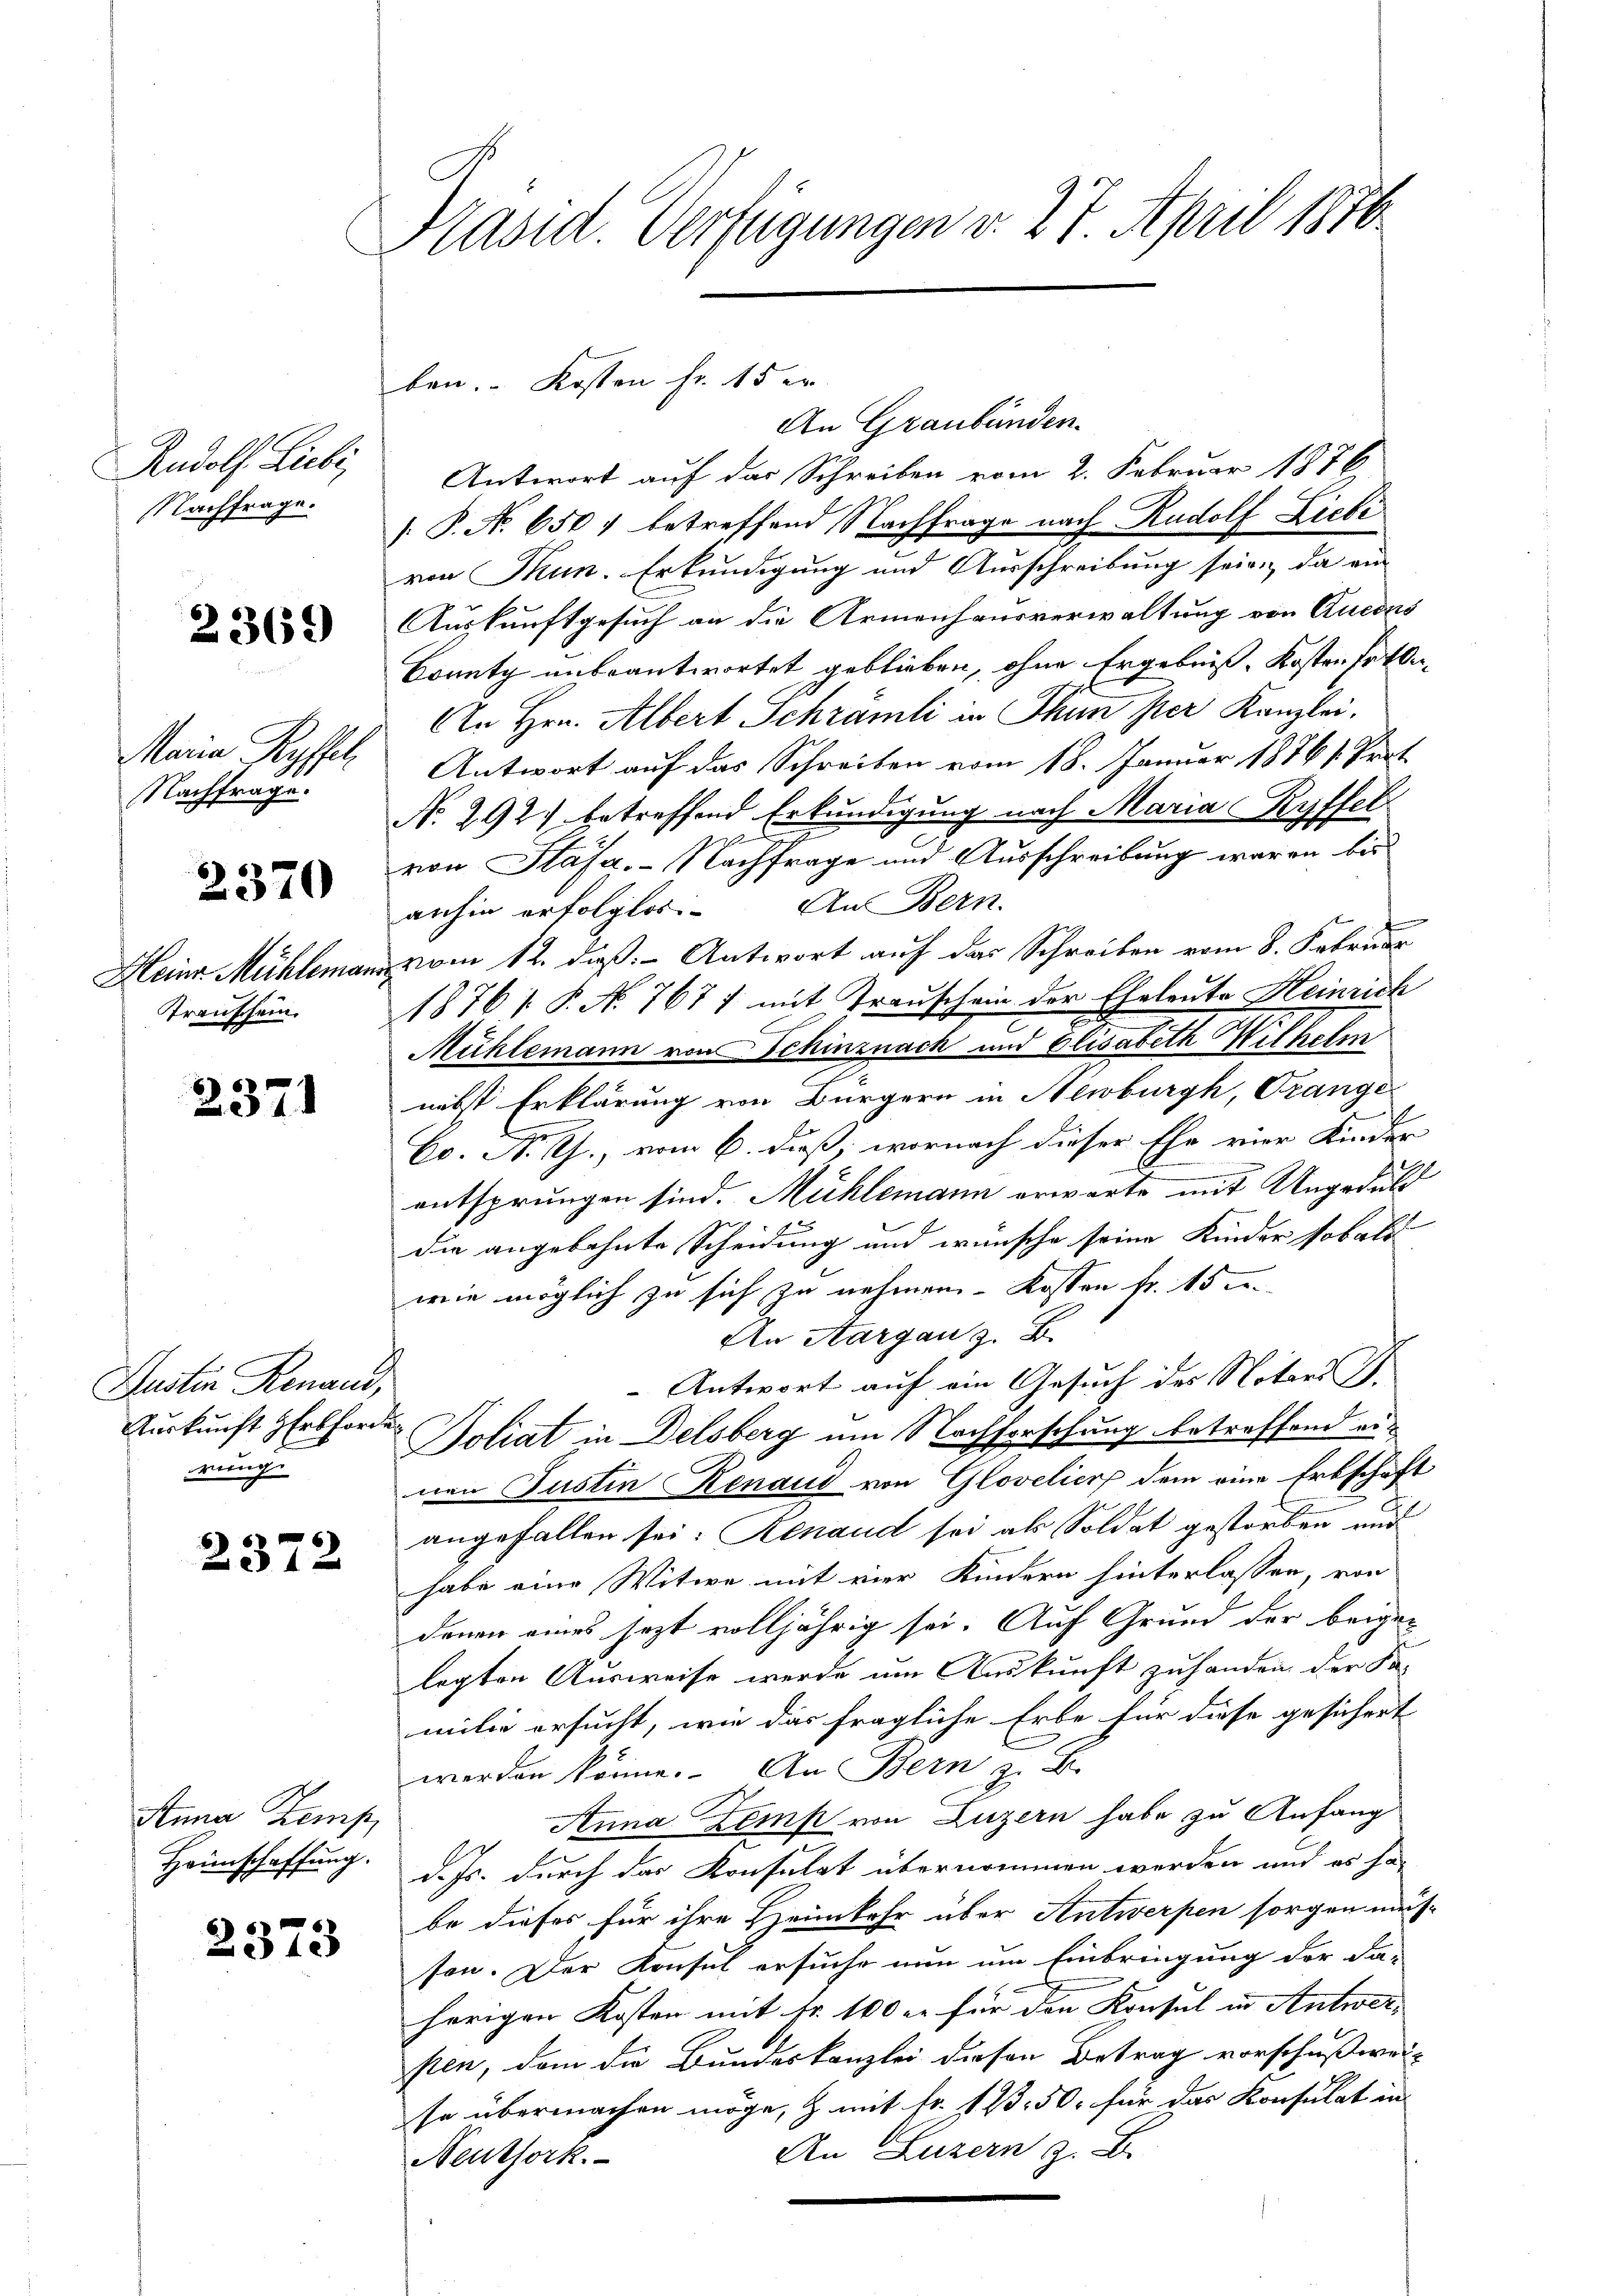
Rudolf Liebi
NNachfrage.

2369

Maria Ryffel,
Nachfrage.

2370

Heine Mühleman
Transchein.

2371

Justin Renaud,
Auskunft Erbforde
rung.

2372

Anna Kemp
Heimschaffung.

2373

Präsid Verfügungen v. 27. April 1876.

An Graubünden.
Antwort auf das Schreiben vom 2. Februar 1876
 P. No. 650, betreffend Nachfrage nach Rudolf Liebe
von Thun. Erkundigung und Ausschreibung seien, da an
Auskunftgesuch an die Armenhausverwaltung von Eucons
Bonetz unbeantwortet geblieben, ohne Ergebnis, Kosten Fortbe¬
An Hrn. Albert Schrämli in Thun per Kanzlei.
Antwort auf das Schreiben vom 18. Januar 18761. Prot
No. 292. betreffend Erkundigung nach Maria Ryffel
von Stäfa.- Nachfrage und Ausschreibung waren bis
anhin erfolglos. An Bern.
vom 12. daß Antwort auf das Schreiben vom 8. Februar
1876/ P. N. 7677 mit Trauschein der Eheleute Heinrich
Mühlemann von Schinznach und Elisabeth Wilhelm
nebst Erklärung von Bürgern in Newburgh, Orange
Co. N. G., vom 6. dieß, wornach dieser Ehe vier Kinder
entsprungen sind. Mühlemann erwarte mit Ungedul
die angebohnte Scheidung und wünsche seine Kinder sobald
wie möglich zu sich zu nehmen. Kossen fr. 15 de
An Aargau z. B.
Antwort auf ein Gesuch des Notars .
Boliat in Delsberg um Nachforschung betreffend einen Justin Renaud von Glovelier dem eine Erbschaft
angefallen sei. Renaud sei als Soldat gestorben und
habe eine Witwe mit vier Kindern hinterlassen, von
denen eines jezt volljährig sei. Auf Grund der beigen
legten Ausweise werde um Auskunft zu handen der Fa-
milie ersucht, wie das fragliche Erbe für diese gesichert
werden könne. An Bern z. B.
Anna Zemp von Luzern habe zu Anfang
d. Js. durch das Konsulat übernommen worden und es ha
be dieses für ihre Heimkehr über Antwerpen sorgen müß
son. Der Konsul ersuche nun um Einbringung der Fa-
herigen Kosten mit Fr. 100 er für den Konsul in Antwer-
sten, dem die Bundeskanzlei diesen Betrag vorschußwei-
so übermachen möge, & mit Fr. 173. 50. für das Konsulat in
An Luzern z. E
Neuthork

ben. Kosten fr. 15 er